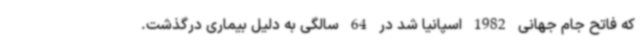
که فاتح جام جهانی 1982 اسپانیا شد در 64 سالگی به دلیل بیماری درگذشت.